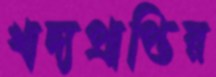
খাদ্যপ্রাপ্তির